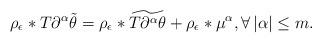
LaTeX: \begin{align*}\rho_\epsilon*T{\partial^\alpha\tilde\theta} = \rho_\epsilon *\widetilde{ T\partial^\alpha\theta} + \rho_\epsilon* \mu^\alpha,\forall\,|{\alpha}|\leq m.\end{align*}